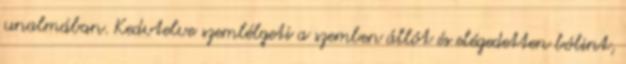
unalmában. Kedvtelve szemlélgeti a szemben állót és elégedetten bólint,